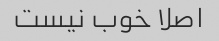
اصلا خوب نیست